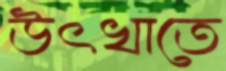
উৎখাতে